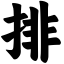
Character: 排